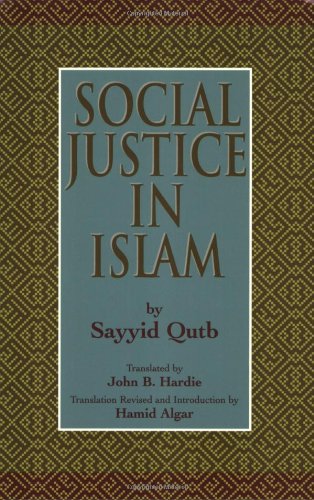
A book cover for Social Justice in Islam, Revised Edition; Sayyid Qutb; Religion & Spirituality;